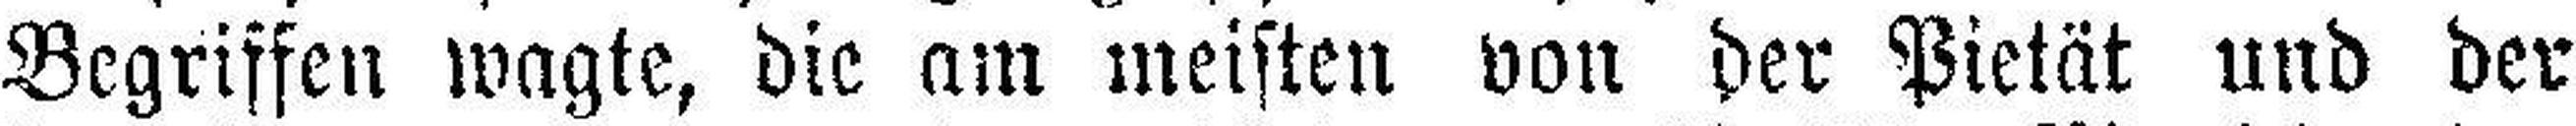
Begriffen wagte, die am meisten von der Pietät und der